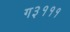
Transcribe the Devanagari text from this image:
ग३१११